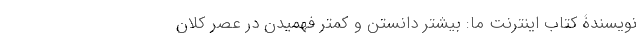
نویسندۀ کتاب اینترنتِ ما: بیشتر دانستن و کمتر فهمیدن در عصر کلان‌